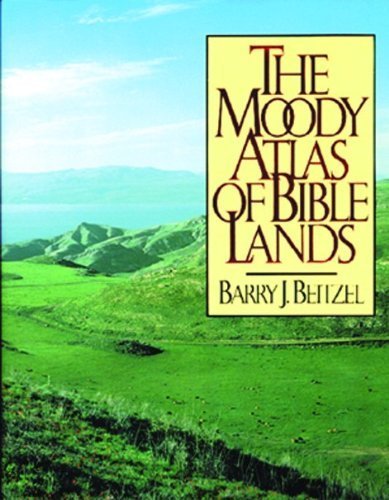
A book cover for The Moody Atlas of Bible Lands ([ACSM Map Design Competition Collection) by Beitzel, Barry J. (1985) Hardcover; Barry J. Beitzel; Christian Books & Bibles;